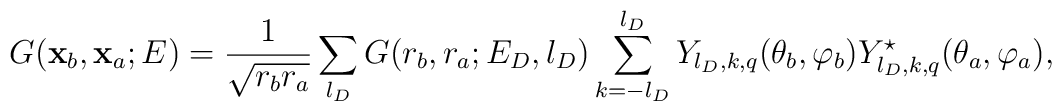
G({\bf {x}}_b,{\bf {x}}_a;E)=\frac1{\sqrt{r_br_a}}\sum_{l_D}G(r_b,r_a;E_D,l_D)\sum_{k=-l_D}^{l_D}Y_{l_D,k,q}(\theta_b,\varphi _b)Y_{l_D,k,q}^{\star }(\theta _a,\varphi _a),